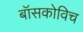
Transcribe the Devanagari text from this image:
बॉसकोविच